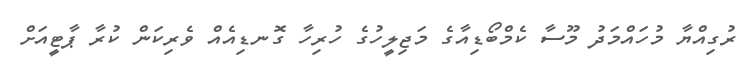
ރުގިއްޔާ މުހައްމަދު މޫސާ ކެމްބޯޑިއާގެ މަޖިލީހުގެ ހުރިހާ ގޮނޑިއެއް ވެރިކަން ކުރާ ޕާޓީއަށް